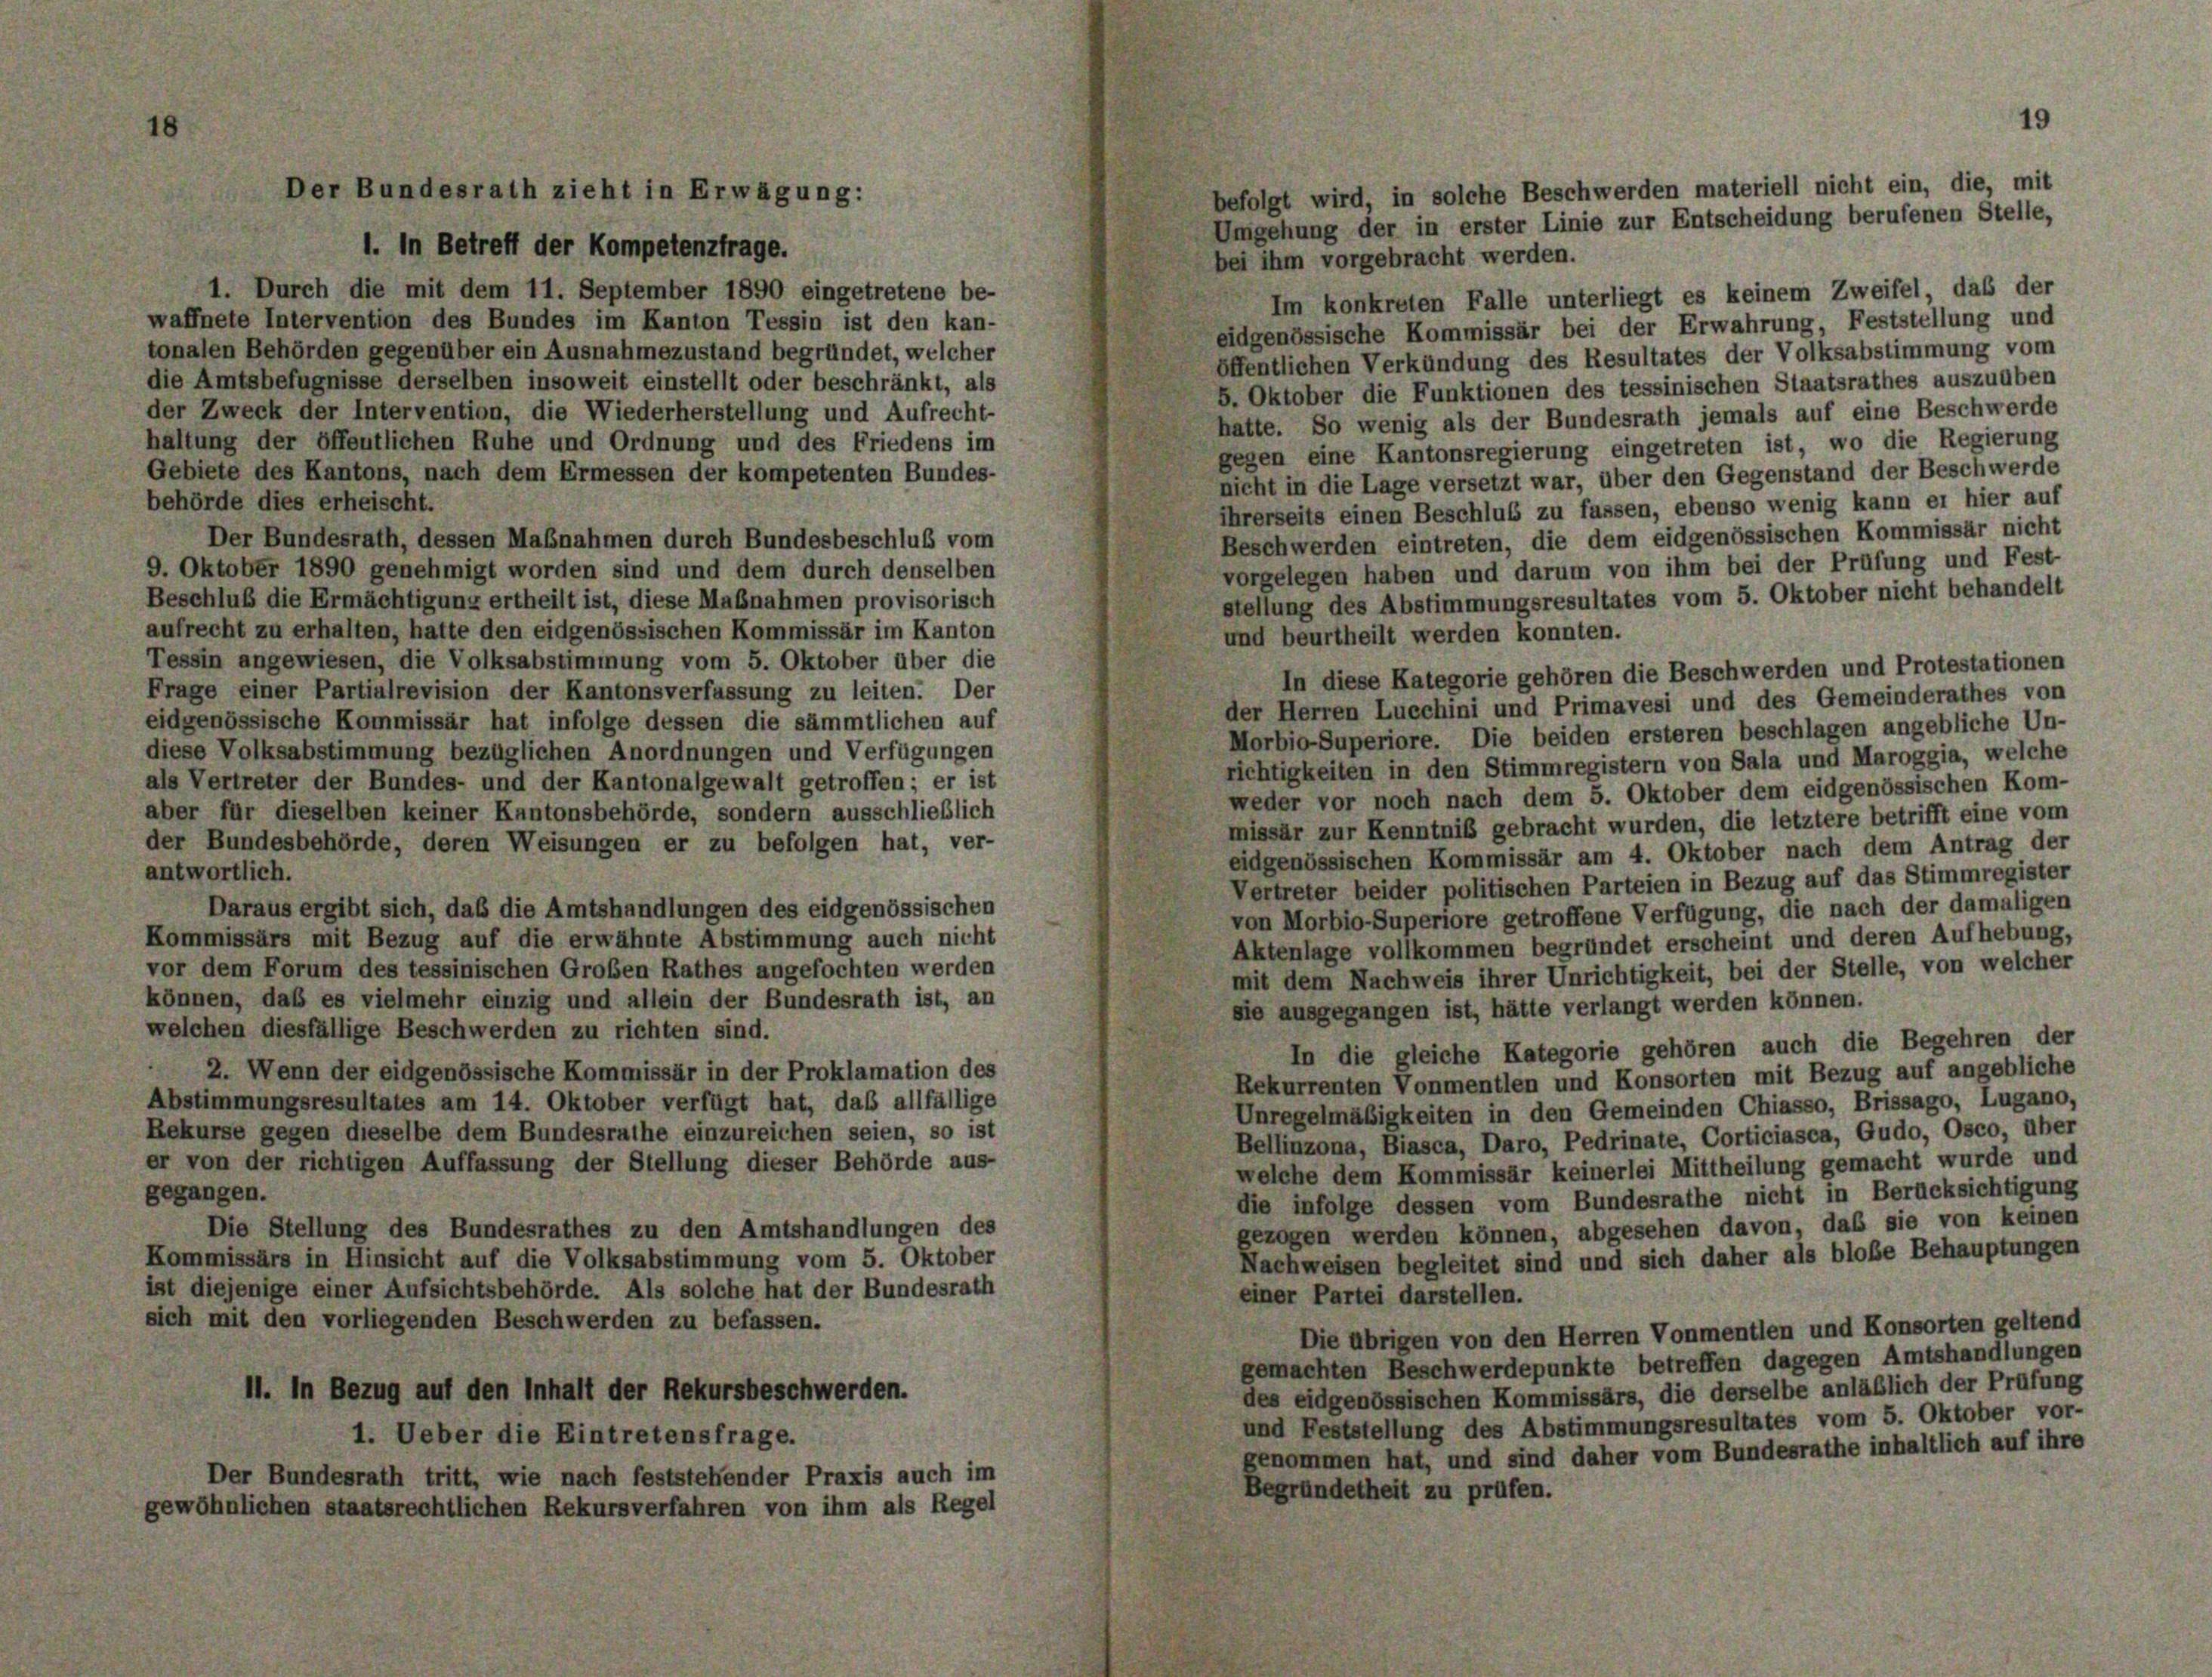
8

befolgt wird, in solche Beschwerden materiell nicht ein, die, mit
Umgehung der in erster Linie zur Entscheidung berufenen Stelle,
1. In Betreff der Kompetenzfrage.
bei ihm vorgebracht werden.
1. Durch die mit dem 11. September 1890 eingetretene be-
Im konkreten Falle unterliegt es keinem Zweifel, das der
waffnete Intervention des Bundes im Kanton Tessin ist den kan-
eidgenössische Kommissär bei der Erwahrung, Feststellung und
tonalen Behörden gegenüber ein Ausnahmezustand begründet, welcher
öffentlichen Verkündung des Resultates der Volksabstimmung vom
die Amtsbefugnisse derselben insoweit einstellt oder beschränkt, als
5. Oktober die Funktionen des tessinischen Staatsrathes auszuüben
der Zweck der Intervention, die Wiederherstellung und Aufrecht-
hatte. So wenig als der Bundesrath jemals auf eine Beschwerde
haltung der öffentlichen Ruhe und Ordnung und des Friedens im
gegen eine Kantonsregierung eingetreten ist, wo die Regierung
Gebiete des Kantons, nach dem Ermessen der kompetenten Bundes-
nicht in die Lage versetzt war, über den Gegenstand der Beschwerde
behörde dies erheischt.
ihrerseits einen Beschluß zu fassen, ebenso wenig kann er hier auf
Beschwerden eintreten, die dem eidgenössischen Kommissär nicht
Der Bundesrath, dessen Maßnahmen durch Bundesbeschluß vom
vorgelegen haben und darum von ihm bei der Prüfung und Fest-
9. Oktober 1890 genehmigt worden sind und dem durch denselben
stellung des Abstimmungsresultates vom 5. Oktober nicht behandelt
Beschluß die Ermächtigung ertheilt ist, diese Maßnahmen provisorisch
aufrecht zu erhalten, hatte den eidgenössischen Kommissär im Kanton
und beurtheilt werden konnten.
Tessin angewiesen, die Volksabstimmung vom 5. Oktober über die
In diese Kategorie gehören die Beschwerden und Protestationen
Frage einer Partialrevision der Kantonsverfassung zu leiten. Der
der Herren Lucchini und Primavesi und des Gemeinderathes von
eidgenössische Kommissär hat infolge dessen die sämmtlichen auf
Morbio-Superiore. Die beiden ersteren beschlagen angebliche Un-
diese Volksabstimmung bezüglichen Anordnungen und Verfügungen
richtigkeiten in den Stimmregistern von Sala und Maroggia, welche
als Vertreter der Bundes- und der Kantonalgewalt getroffen; er ist
weder vor noch nach dem 5. Oktober dem eidgenössischen Kom-
aber für dieselben keiner Kantonsbehörde, sondern ausschließlich
missär zur Kenntniß gebracht wurden, die letztere betrifft eine vom
der Bundesbehörde, deren Weisungen er zu befolgen hat, ver-
eidgenössischen Kommissär am 4. Oktober nach dem Antrag der
antwortlich.
Vertreter beider politischen Parteien in Bezug auf das Stimmregister
Daraus ergibt sich, daß die Amtshandlungen des eidgenössischen
von Morbio-Superiore getroffene Verfügung, die nach der damaligen
Kommissärs mit Bezug auf die erwähnte Abstimmung auch nicht
Aktenlage vollkommen begründet erscheint und deren Aufhebung,
vor dem Forum des tessinischen Großen Rathes angefochten werden
mit dem Nachweis ihrer Unrichtigkeit, bei der Stelle, von welcher
können, daß es vielmehr einzig und allein der Bundesrath ist, an
sie ausgegangen ist, hätte verlangt werden können.
welchen diesfällige Beschwerden zu richten sind.
In die gleiche Kategorie gehören auch die Begehren der
2. Wenn der eidgenössische Kommissär in der Proklamation des
Rekurrenten Vonmentlen und Konsorten mit Bezug auf angebliche
Abstimmungsresultates am 14. Oktober verfügt hat, daß allfällige
Unregelmäßigkeiten in den Gemeinden Chiasso, Brissago, Lugano,
Rekurse gegen dieselbe dem Bundesrathe einzureichen seien, so ist
Bellinzona, Biasca, Daro, Pedrinate, Corticiasca, Gudo, Osco, über
er von der richtigen Auffassung der Stellung dieser Behörde aus-
welche dem Kommissär keinerlei Mittheilung gemacht wurde und
gegangen.
die infolge dessen vom Bundesrathe nicht in Berücksichtigung
gezogen werden können, abgesehen davon, das sie von keinen
Die Stellung des Bundesrathes zu den Amtshandlungen des
Kommissärs in Hinsicht auf die Volksabstimmung vom 5. Oktober
Nachweisen begleitet sind und sich daher als bloße Behauptungen
ist diejenige einer Aufsichtsbehörde. Als solche hat der Bundesrath
einer Partei darstellen.
sich mit den vorliegenden Beschwerden zu befassen.
Die übrigen von den Herren Vonmentlen und Konsorten geltend
gemachten Beschwerdepunkte betreffen dagegen Amtshandlungen
11. In Bezug auf den Inhalt der Rekursbeschwerden.
des eidgenössischen Kommissärs, die derselbe anläßlich der Prüfung
und Feststellung des Abstimmungsresultates vom 5. Oktober vor-
1. Ueber die Eintretensfrage.
genommen hat, und sind daher vom Bundesrathe inhaltlich auf ihre
Der Bundesrath tritt, wie nach feststehender Praxis auch im
Begründetheit zu prüfen.
gewöhnlichen staatsrechtlichen Rekursverfahren von ihm als Regel

Der Bundesrath zieht in Erwägung:

19